Mental hospitals Bombay report 1921-28 - 1921-1928
Year: 1921
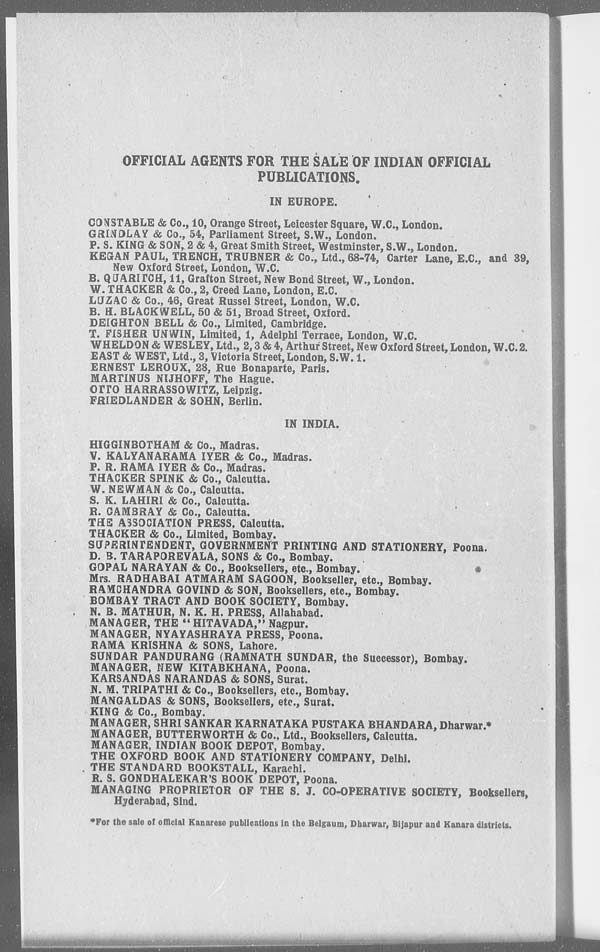
OFFICIAL AGENTS FOR THE SALE OF INDIAN OFFICIAL
PUBLICATIONS.
IN EUROPE.
CONSTABLE & Co., 10, Orange Street, Leicester Square, W.C., London.
GRINDLAY & Co., 54, Parliament Street, S.W., London.
P. S. KING & SON, 2 & 4, Great Smith Street, Westminster, S.W., London.
KEGAN PAUL, TRENCH, TRUBNER & Co., Ltd., 68-74, Carter Lane, E.C., and 39,
New Oxford Street, London, W.C.
B. QUARITCH, 11, Grafton Street, New Bond Street, W., London.
W. THACKER & Co., 2, Creed Lane, London, E.C.
LUZAC & Co., 46, Great Russel Street, London, W.C.
B. H. BLACK WELL, 50 & 51, Broad Street, Oxford.
DEIGHTON BELL & Co., Limited, Cambridge.
T. FISHER UNWIN, Limited, 1, Adelphi Terrace, London, W.C.
WHELDON & WESLEY, Ltd., 2, 3 & 4, Arthur Street, New Oxford Street, London, W.C. 2.
EAST & WEST, Ltd., 3, Victoria Street, London, S.W. 1.
ERNEST LEROUX, 28, Rue Bonaparte, Paris.
MARTINUS NIJHOFF, The Hague.
OTTO HARRASSOWITZ, Leipzig.
FRIEDLANDER & SOHN, Berlin.
IN INDIA.
HIGGINBOTHAM & Co., Madras.
V. KALYANARAMA IYER & Co., Madras.
P. R. RAMA IYER & Co., Madras.
THACKER SPINK & Co., Calcutta.
W. NEWMAN & Co., Calcutta.
S. K. LAHIRI & Co., Calcutta.
R. CAMBRAY & Co., Calcutta.
THE ASSOCIATION PRESS, Calcutta.
THACKER & Co., Limited, Bombay.
SUPERINTENDENT, GOVERNMENT PRINTING AND STATIONERY, Poona.
D. B. TARAPOREVALA, SONS & Co., Bombay.
GOPAL NARAYAN & Co., Booksellers, etc., Bombay.
Mrs. RADHABAI ATMARAM SAGOON, Bookseller, etc., Bombay.
RAMCHANDRA GOVIND & SON, Booksellers, etc., Bombay.
BOMBAY TRACT AND BOOK SOCIETY, Bombay.
N. B. MATHUR, N. K. H. PRESS, Allahabad.
MANAGER, THE " HITAVADA," Nagpur.
MANAGER, NYAYASHRAYA PRESS, Poona.
RAMA KRISHNA & SONS, Lahore.
SUNDAR PANDURANG (RAMNATH SUNDAR, the Successor), Bombay.
MANAGER, NEW KITABKHANA, Poona.
KARSANDAS NARANDAS & SONS, Surat.
N. M. TRIPATHI & Co., Booksellers, etc., Bombay.
MANGALDAS & SONS, Booksellers, etc., Surat.
KING & Co., Bombay.
MANAGER, SHRI SANKAR KARNATAKA PUSTAKA BHANDARA, Dharwar.*
MANAGER, BUTTERWORTH & Co., Ltd., Booksellers, Calcutta.
MANAGER, INDIAN BOOK DEPOT, Bombay.
THE OXFORD BOOK AND STATIONERY COMPANY, Delhi.
THE STANDARD BOOKSTALL, Karachi.
R. S. GONDHALEKAR'S BOOK DEPOT, Poona.
MANAGING PROPRIETOR OF THE S. J. CO-OPERATIVE SOCIETY, Booksellers,
Hyderabad, Sind.
* For the sale of official Kanarese publications in the Belgaum, Dharwar, Bijapur and Kanara districts.